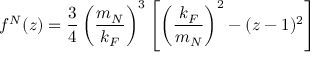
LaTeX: f ^ { N } ( z ) = \frac { 3 } { 4 } \left( \frac { m _ { N } } { k _ { F } } \right) ^ { 3 } \left[ \left( \frac { k _ { F } } { m _ { N } } \right) ^ { 2 } - ( z - 1 ) ^ { 2 } \right]